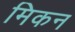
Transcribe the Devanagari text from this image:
मिकन